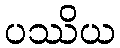
ပဿိယ